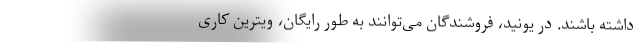
داشته باشند. در یونید، فروشندگان می‌توانند به طور رایگان، ویترین کاری